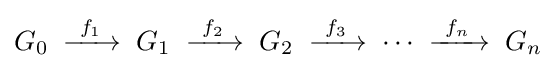
G_{0}\;\xrightarrow {\ f_{1}\ } \;G_{1}\;\xrightarrow {\ f_{2}\ } \;G_{2}\;\xrightarrow {\ f_{3}\ } \;\cdots \;\xrightarrow {\ f_{n}\ } \;G_{n}